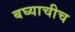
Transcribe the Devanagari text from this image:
बघ्याचीच